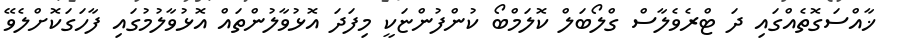
ޚާއްސަގޮތެއްގައި ދަ ޓްރެވެލާސް ގްލޯބަލް ކޮލަމްބޯ ކުންފުންޏަކީ މިފަދަ އޮޅުވާލުންތައް އޮޅުވާލުމުގައި ފާހަގަކޮށްލެވޭ